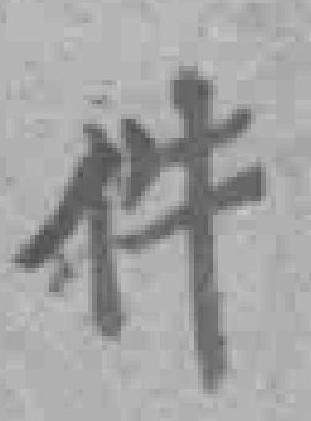
件